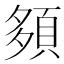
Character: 䫂